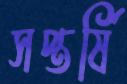
সপ্তর্ষি